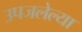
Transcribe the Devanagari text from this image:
उपजलेल्या